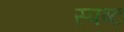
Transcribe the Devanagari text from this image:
स्‍पष्ट